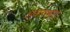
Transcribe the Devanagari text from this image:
अघारास्त्राय